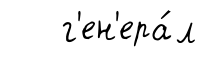
г'ен'ера́л